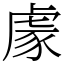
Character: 豦